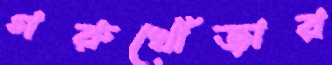
গরুখোঁজার